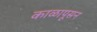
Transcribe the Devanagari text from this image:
काळापूसन